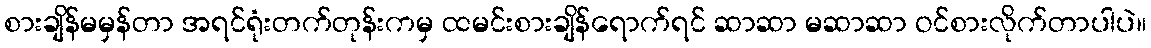
စားချိန်မမှန်တာ အရင်ရုံးတက်တုန်းကမှ ထမင်းစားချိန်ရောက်ရင် ဆာဆာ မဆာဆာ ဝင်စားလိုက်တာပါပဲ။